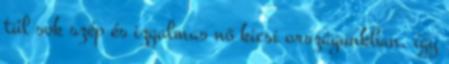
túl sok szép és izgalmas nő kicsi országunkban, így